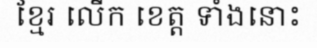
ខ្មែរ លើក ខេត្ត ទាំងនោះ